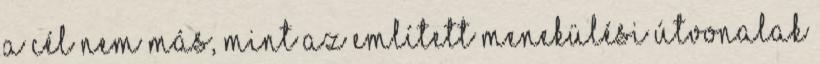
a cél nem más, mint az említett menekülési útvonalak